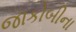
જાકોબીના